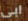
ابى